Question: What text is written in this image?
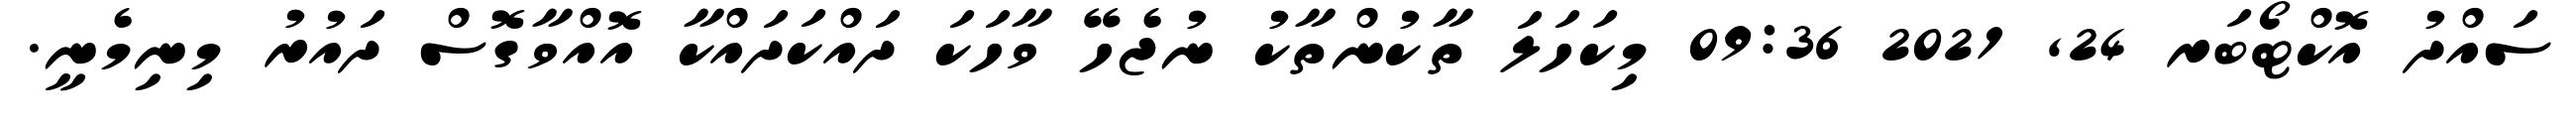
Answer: ސައްދު އޮކްޓޯބަރ 24, 2021 09:36 މިކަހަލަ ތާކުންތާކު ނުޖެހޭ ވާހަކަ ދައްކަދައްކާ އޮއްވާގޮސް ދައުރު މިނިމެނީ.